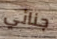
جنائي